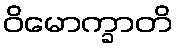
ဝိမောက္ခာတိ